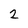
Character: 2